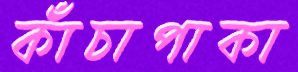
কাঁচাপাকা